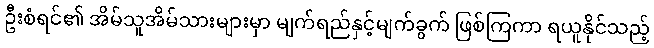
ဦးစံရင်၏ အိမ်သူအိမ်သားများမှာ မျက်ရည်နှင့်မျက်ခွက် ဖြစ်ကြကာ ရယူနိုင်သည့်